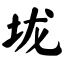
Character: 垅